Lunatic asylums in Bengal annual reports 1912-1924 - 1912-1924
Year: 1912
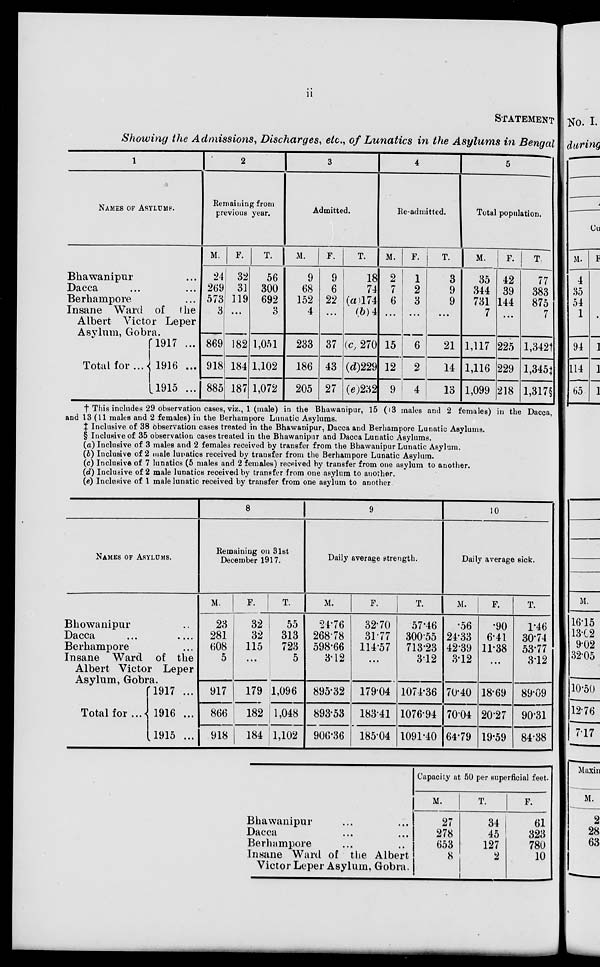
ii
STATEMENT
Showing the Admissions, Discharges, etc., of Lunatics in the Asylums in Bengal
1
NAMES OF ASYLUMS.
Bhawanipur ...
Dacca
...
...
Berhampore ...
Insane Ward of the
Albert Victor Leper
Asylum, Gobra.
Total for ...
1917 ...
1916 ...
1915 ...
2
Remaining from
previous year.
M.
24
269
573
3
869
918
885
F.
32
31
119
...
182
184
187
T.
56
300
692
3
1,051
1,102
1,072
3
Admitted.
M.
9
68
152
4
233
186
205
F.
9
6
22
...
37
43
27
T.
18
74
(a)174
(b)4
(c) 270
(d)229
(e)232
4
Re-admitted.
M.
2
7
6
...
15
12
9
F.
1
2
3
...
6
2
4
T.
3
9
9
...
21
14
13
5
Total population.
M.
35
344
731
7
1,117
1,116
1,099
F.
42
39
144
...
225
229
218
T.
77
383
875
7
l,342†
1,345‡
1,317§
† This includes 29 observation cases, viz., 1 (male) in the Bhawanipur, 15 (3 males and 2 females) in the Dacca,
and 13(11 males and 2 females) in the Berhampore Lunatic Asylums.
‡ Inclusive of 38 observation cases treated in the Bhawanipur, Dacca and Berhampore Lunatic Asylums.
§ Inclusive of 35 observation cases treated in the Bhawanipur and Dacca Lunatic Asylums.
(a) Inclusive of 3 males and 2 females received by transfer from the Bhawanipur Lunatic Asylum.
(b) Inclusive of 2 male lunatics received by transfer from the Berhampore Lunatic Asylum.
(c) Inclusive of 7 lunatics (5 males and 2 females) received by transfer from one asylum to another.
(d) Inclusive of 2 male lunatics received by transfer from one asylum to another.
(e) Inclusive of 1 male lunatic received by transfer from one asylum to another
NAMES OF ASYLUMS.
Bhowanipur ..
Dacca
...
...
Berhampore ...
Insane Ward of the
Albert Victor Leper
Asylum, Gobra.
Total for ...
1917 ...
1916 ...
1915 ...
8
Remaining on 31st
December 1917.
M.
23
281
608
5
917
866
918
F.
32
32
115
...
179
182
184
T.
55
313
723
5
1,096
1,048
1,102
9
Daily average strength.
M.
24.76
268.78
598.66
3.12
895.32
893.53
906.36
F.
32.70
31.77
114.57
...
179.04
183.41
185.04
T.
57.46
300.55
713.23
3.12
1074.36
1076.94
1091.40
10
Daily average sick.
M.
.56
24.33
42.39
312
70.40
70.04
64.79
F.
.90
6.41
11.38
...
18.69
20.27
19.59
T.
1.46
30.74
53.77
312
89.09
90.31
84.38
Bhawanipur ... ...
Dacca ... ...
Berhampore ... ...
Insane Ward of the Albert
Victor Leper Asylum, Gobra.
Capacity at 50 per superficial feet.
M.
27
278
653
8
F.
34
45
127
2
T.
61
323
780
10